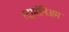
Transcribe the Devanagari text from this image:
स्ट्रामोनिअम